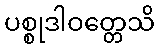
ပစ္စုဒါဝတ္တေသိ